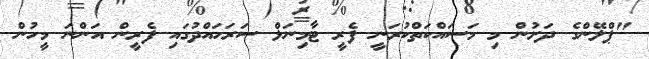
"ޕްލޭންގެ ދަށުން މި މަސައްކަތްކުރަނީ ފެރީ ޓާމިނަލް ސަރަހައްދުގައި ފެރީން އަންނަ މީހުން